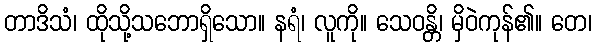
တာဒိသံ၊ ထိုသို့သဘောရှိသော။ နရံ၊ လူကို။ သေဝန္တိ၊ မှိဝဲကုန်၏။ တေ၊